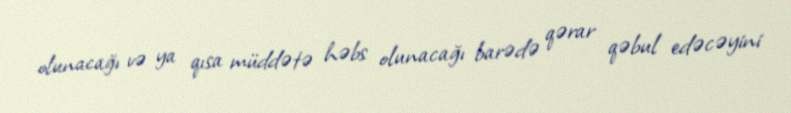
olunacağı və ya qısa müddətə həbs olunacağı barədə qərar qəbul edəcəyini